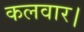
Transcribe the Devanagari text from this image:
कलवार।